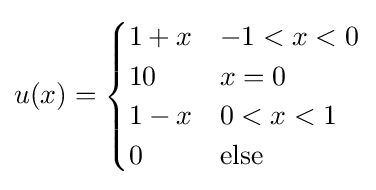
u(x)={\begin{cases}1+x&-1<x<0\\10&x=0\\1-x&0<x<1\\0&{\text{else}}\end{cases}}